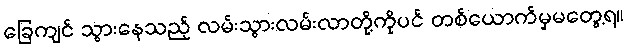
ခြေကျင် သွားနေသည့် လမ်းသွားလမ်းလာတို့ကိုပင် တစ်ယောက်မှမတွေ့ရ။